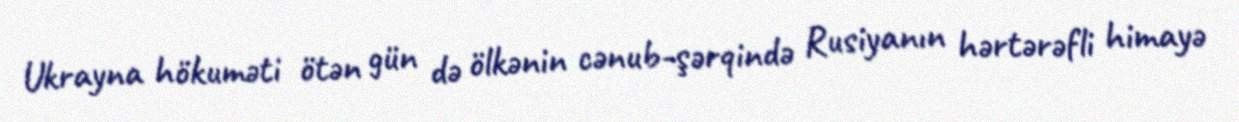
Ukrayna hökuməti ötən gün də ölkənin cənub-şərqində Rusiyanın hərtərəfli himayə